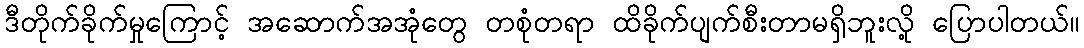
ဒီတိုက်ခိုက်မှုကြောင့် အဆောက်အအုံတွေ တစုံတရာ ထိခိုက်ပျက်စီးတာမရှိဘူးလို့ ပြောပါတယ်။